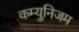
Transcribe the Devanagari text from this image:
कम्युनिजम